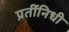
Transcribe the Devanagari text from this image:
प्रतींनिधी